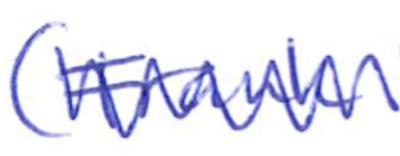
Text: (Frank
Cross-out: zig-zag
Writing tool: ballpoint